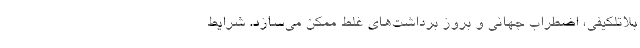
بلاتلکیفی، اضطراب جهانی و بروز برداشت‌های غلط ممکن می‌سازد. شرایط